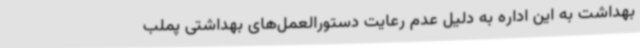
بهداشت به این اداره به دلیل عدم رعایت دستورالعمل‌های بهداشتی پملب